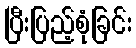
ပြီးပြည့်စုံခြင်း